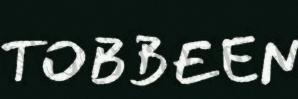
TOBBEEN